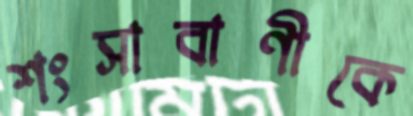
শংসাবাণীকে